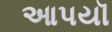
આપયૉ